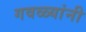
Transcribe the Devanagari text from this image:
गवळ्यांनी